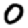
Digit: 0